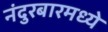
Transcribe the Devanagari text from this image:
नंदुरबारमध्ये